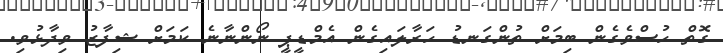
ގޮތް ހުސްވެގެން ބިމަށް ތުންގަނޑު ހަރާލައިގެން އެމްޑީޕީ ނޯންނާނެ ކަމަށް ޝިފާޒު ވިދާޅުވި.